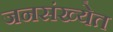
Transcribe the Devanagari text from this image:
जनसंख्येत